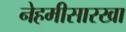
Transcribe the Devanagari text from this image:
नेहमीसारखा